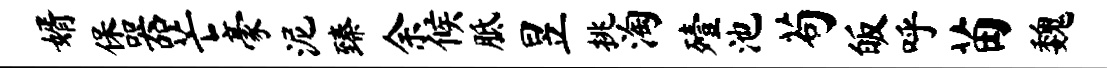
婿保器芒豪泥臻余候胝昱挑淘殪池苟皈呼苗魏